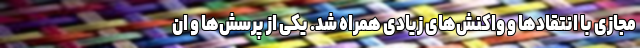
مجازی با انتقادها و واکنش‌های زیادی همراه شد. یکی از پرسش‌ها و ان